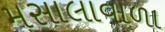
મસાલાવાળા